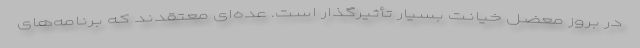
در بروز معضل خیانت بسیار تأثیرگذار است. عده‌ای معتقدند که برنامه‌های